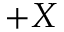
+ X